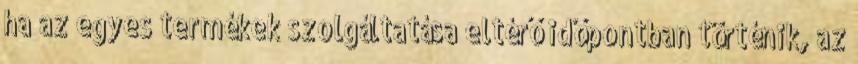
ha az egyes termékek szolgáltatása eltérő időpontban történik, az